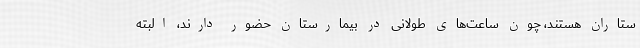
ستاران هستند، چون ساعت‌های طولانی در بیمارستان حضور دارند، البته